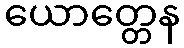
ယောတ္တေန